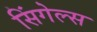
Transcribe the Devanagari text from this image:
सिंगेल्स